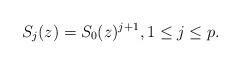
LaTeX: \begin{align*}S_{j}(z)=S_{0}(z)^{j+1},1\leq j\leq p.\end{align*}